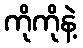
ကိုကိုနဲ့